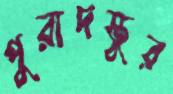
পুরাদস্তুর